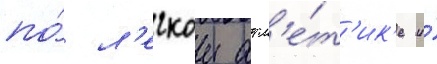
по́ л'егкои атл'е́т'ик'е и́